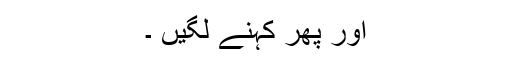
اور پھر کہنے لگیں ۔